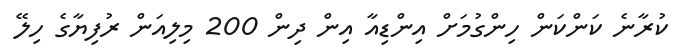
ކުރާނެ ކަންކަން ހިންގުމަށް އިންޑިއާ އިން ދިން 200 މިލިއަން ރުފިޔާގެ ހިލޭ